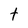
Character: t